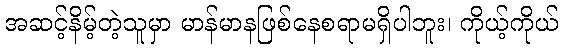
အဆင့်နိမ့်တဲ့သူမှာ မာန်မာနဖြစ်နေစရာမရှိပါဘူး၊ ကိုယ့်ကိုယ်